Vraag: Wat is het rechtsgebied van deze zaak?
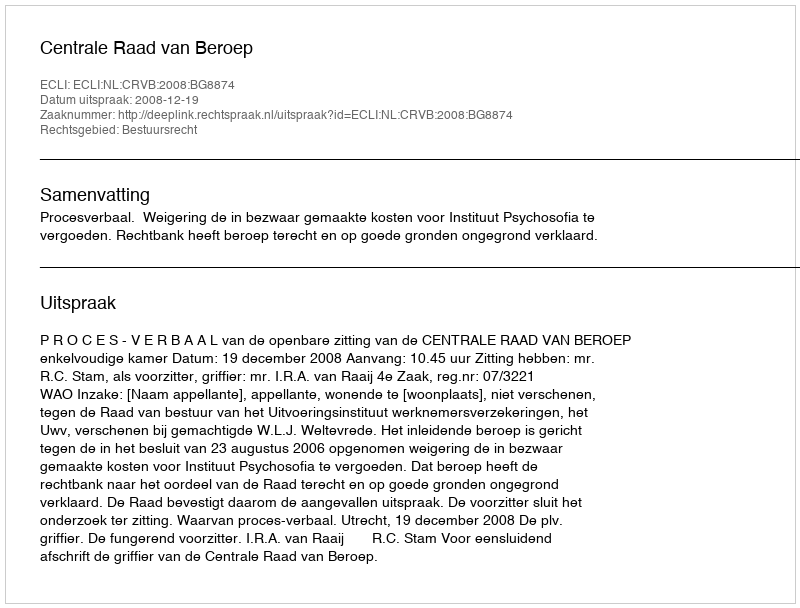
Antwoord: Bestuursrecht